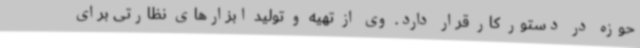
حوزه در دستور کار قرار دارد. وی از تهیه و تولید ابزارهای نظارتی برای